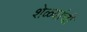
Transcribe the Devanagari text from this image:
शेळ्यांची